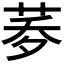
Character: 𦰎